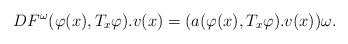
LaTeX: \begin{align*}DF^{\omega}(\varphi(x),T_x\varphi).v(x)=(a(\varphi(x),T_x\varphi).v(x))\omega.\end{align*}